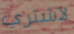
لأشتري